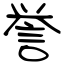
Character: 誉